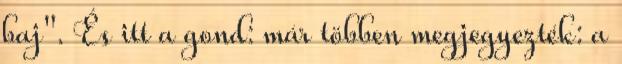
baj". És itt a gond: már többen megjegyezték: a